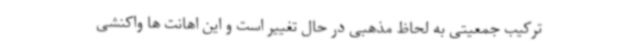
ترکیب جمعیتی به لحاظ مذهبی در حال تغییر است و این اهانت ها واکنشی